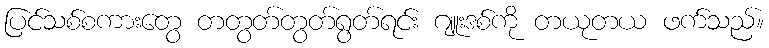
ပြင်သစ်စကားတွေ တတွတ်တွတ်ရွတ်ရင်း ဂျူးဒစ်ကို တယုတယ ဖက်သည်။